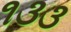
૧૩૩